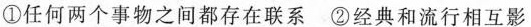
①任何两个事物之间都存在联系-②经典和流行相互影